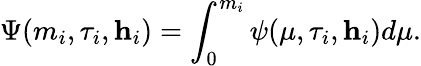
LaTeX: \Psi(m_{i},\tau_{i},\textbf{h}_{i})=\int_{0}^{m_{i}}\psi(\mu,\tau_{i},\textbf{h}_{i})d\mu.